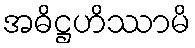
အဓိဋ္ဌဟိဿာမိ